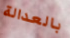
بالعدالة